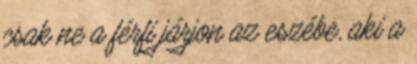
csak ne a férfi járjon az eszébe, aki a